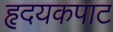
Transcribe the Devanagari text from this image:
हृदयकपाट